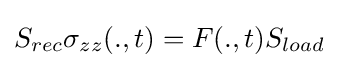
S_{rec}\sigma _{zz}(.,t)=F(.,t)S_{load}